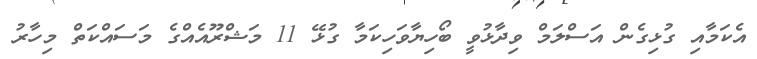
އެކަމާއި ގުޅިގެން އަސްލަމް ވިދާޅުވީ ބޯހިޔާވަހިކަމާ ގުޅޭ 11 މަޝްރޫއެއްގެ މަސައްކަތް މިހާރު